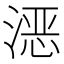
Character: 𪶮